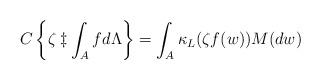
LaTeX: \begin{align*}C\left\{ \zeta \ddagger \int_{A}f d\Lambda \right\} = \int_{A} \kappa_{L} (\zeta f(w))M(dw)\end{align*}